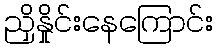
ညှိနှိုင်းနေကြောင်း